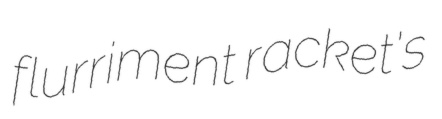
flurriment racket's